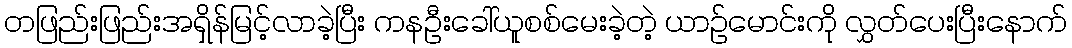
တဖြည်းဖြည်းအရှိန်မြင့်လာခဲ့ပြီး ကနဦးခေါ်ယူစစ်မေးခဲ့တဲ့ ယာဉ်မောင်းကို လွှတ်ပေးပြီးနောက်